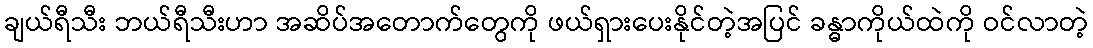
ချယ်ရီသီး ဘယ်ရီသီးဟာ အဆိပ်အတောက်တွေကို ဖယ်ရှားပေးနိုင်တဲ့အပြင် ခန္ဓာကိုယ်ထဲကို ဝင်လာတဲ့